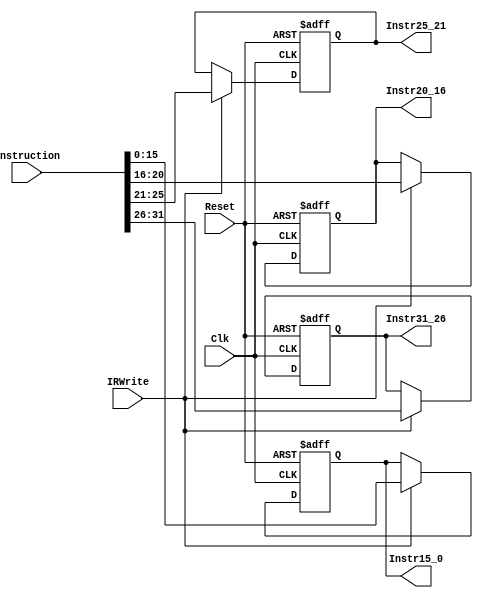
`timescale 1ns / 1ps
//////////////////////////////////////////////////////////////////////////////////
// Company: 
// Engineer: 
// 
// Design Name: 
// Module Name:    Instruction_Register 
// Project Name: 
// Target Devices: 
// Tool versions: 
// Description: 
//
// Dependencies: 
//
// Revision: 
// Revision 0.01 - File Created
// Additional Comments: 
//
//////////////////////////////////////////////////////////////////////////////////
module Instruction_Register(Instruction,IRWrite,Clk,Reset,Instr31_26,Instr25_21,Instr20_16,Instr15_0);
input [31:0] Instruction;
input Clk,Reset,IRWrite;
output reg [5:0] Instr31_26;
output reg [4:0] Instr25_21,Instr20_16;
output reg [15:0] Instr15_0;

always @ (posedge Clk or posedge Reset)
    if(Reset)
    begin
        Instr31_26 <= 0;
        Instr25_21 <= 0;
        Instr20_16 <= 0;
        Instr15_0 <= 0;
    end
    else if(IRWrite==1'b1)
    begin
        Instr31_26 <= Instruction [31:26];
        Instr25_21 <= Instruction [25:21];
        Instr20_16 <= Instruction [20:16];
        Instr15_0 <= Instruction [15:0];
    end
endmodule